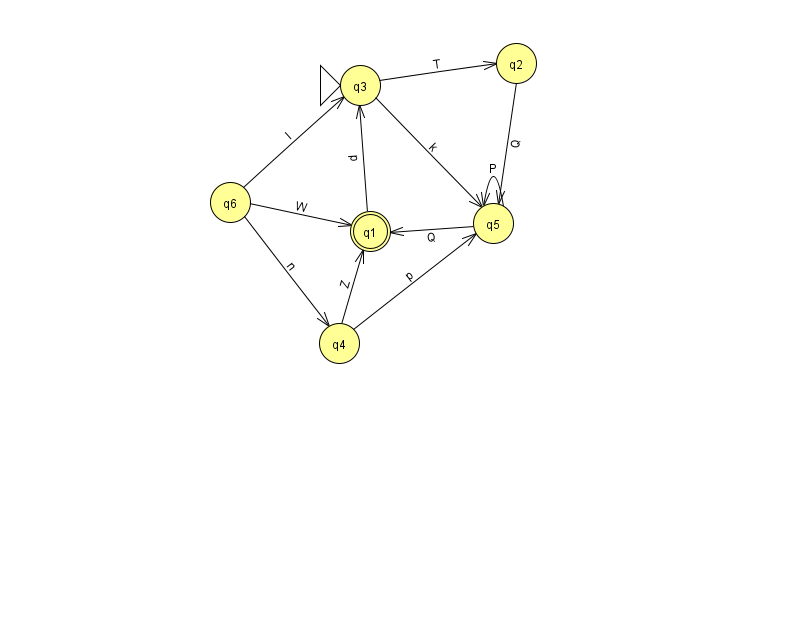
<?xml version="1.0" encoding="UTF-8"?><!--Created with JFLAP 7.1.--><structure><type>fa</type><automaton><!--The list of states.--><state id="1" name="q1"><x>370.0</x><y>218.0</y><final/></state><state id="2" name="q2"><x>516.0</x><y>50.0</y></state><state id="3" name="q3"><x>360.0</x><y>72.0</y><initial/></state><state id="4" name="q4"><x>339.0</x><y>330.0</y></state><state id="5" name="q5"><x>493.0</x><y>210.0</y></state><state id="6" name="q6"><x>230.0</x><y>189.0</y></state><!--The list of transitions.--><transition><from>5</from><to>5</to><read>P</read></transition><transition><from>6</from><to>4</to><read>n</read></transition><transition><from>4</from><to>1</to><read>Z</read></transition><transition><from>6</from><to>1</to><read>W</read></transition><transition><from>3</from><to>2</to><read>T</read></transition><transition><from>6</from><to>3</to><read>l</read></transition><transition><from>3</from><to>5</to><read>k</read></transition><transition><from>5</from><to>1</to><read>Q</read></transition><transition><from>1</from><to>3</to><read>p</read></transition><transition><from>2</from><to>5</to><read>Q</read></transition><transition><from>4</from><to>5</to><read>p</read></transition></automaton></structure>